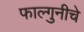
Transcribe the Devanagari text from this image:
फाल्गुनीचे